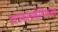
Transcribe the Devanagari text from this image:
बायकॉनकैमिकल्स